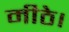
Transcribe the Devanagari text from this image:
मीठे।